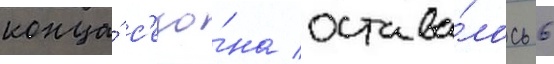
конца́ с'езо́на остава́лось 6